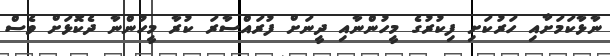
ނާޅާކަމަށާއި ހަރުކަށި ފިކުރުގެ މީހުންނާއި ދީނަށް ފުރައްސާރަ ކުރާ މީހުންނާ ދެކޮޅަށް ވެސް